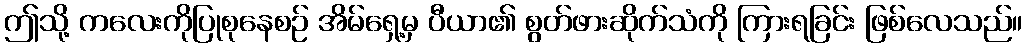
ဤသို့ ကလေးကိုပြုစုနေစဉ် အိမ်ရှေ့မှ ပီယာ၏ စွတ်ဖားဆိုက်သံကို ကြားရခြင်း ဖြစ်လေသည်။